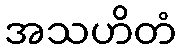
အသဟိတံ